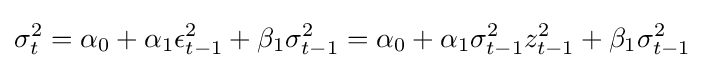
\sigma _{t}^{2}=\alpha _{0}+\alpha _{1}\epsilon _{t-1}^{2}+\beta _{1}\sigma _{t-1}^{2}=\alpha _{0}+\alpha _{1}\sigma _{t-1}^{2}z_{t-1}^{2}+\beta _{1}\sigma _{t-1}^{2}